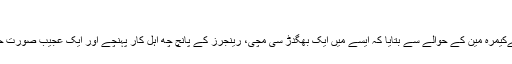
‘
خورشید عباسی نےکیمرہ مین کے حوالے سے بتایا کہ ایسے میں ایک بھگدڑ سی مچی، رینجرز کے پانچ چھ اہل کار پہنچے اور ایک عجیب صورتِ حال سی پیدا ہوگئی۔